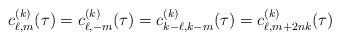
LaTeX: \begin{align*}c_{\ell, m}^{(k)}(\tau)=c_{\ell,-m}^{(k)}(\tau)=c_{k-\ell,k-m}^{(k)}(\tau)= c_{\ell,m+2nk}^{(k)}(\tau)\end{align*}